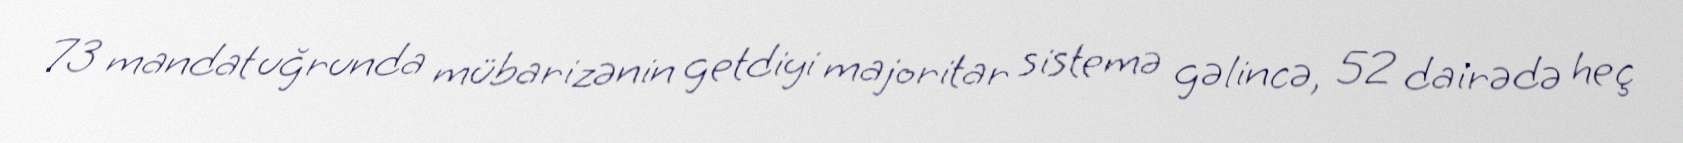
73 mandat uğrunda mübarizənin getdiyi majoritar sistemə gəlincə, 52 dairədə heç